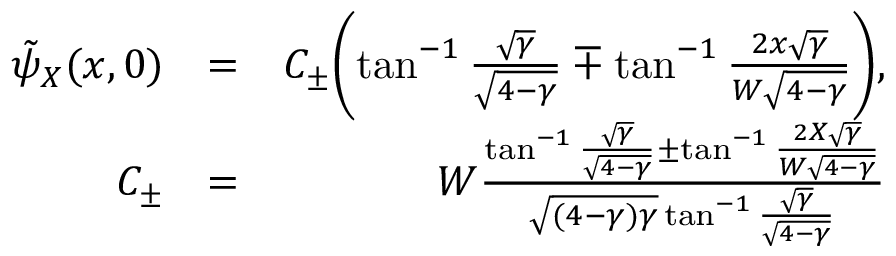
\begin{array} { r l r } { \tilde { \psi } _ { X } ( x , 0 ) } & { = } & { C _ { \pm } \biggl ( \tan ^ { - 1 } \frac { \sqrt { \gamma } } { \sqrt { 4 - \gamma } } \mp \tan ^ { - 1 } \frac { 2 x \sqrt { \gamma } } { W \sqrt { 4 - \gamma } } \biggr ) , } \\ { C _ { \pm } } & { = } & { W \frac { \tan ^ { - 1 } \frac { \sqrt { \gamma } } { \sqrt { 4 - \gamma } } \pm \tan ^ { - 1 } \frac { 2 X \sqrt { \gamma } } { W \sqrt { 4 - \gamma } } } { \sqrt { ( 4 - \gamma ) \gamma } \tan ^ { - 1 } \frac { \sqrt { \gamma } } { \sqrt { 4 - \gamma } } } } \end{array}